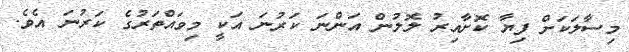
މިސާލަކަށް ފިޔާ ކޮށާއިރު ލޮލުން އަންނަ ކަރުނަ އަކީ މިވައްތަރުގެ ކަރުނަ އެވެ.